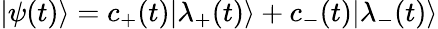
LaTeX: |\psi(t)\rangle=c_{+}(t)|\lambda_{+}(t)\rangle+c_{-}(t)|\lambda_{-}(t)\rangle